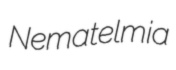
Nematelmia